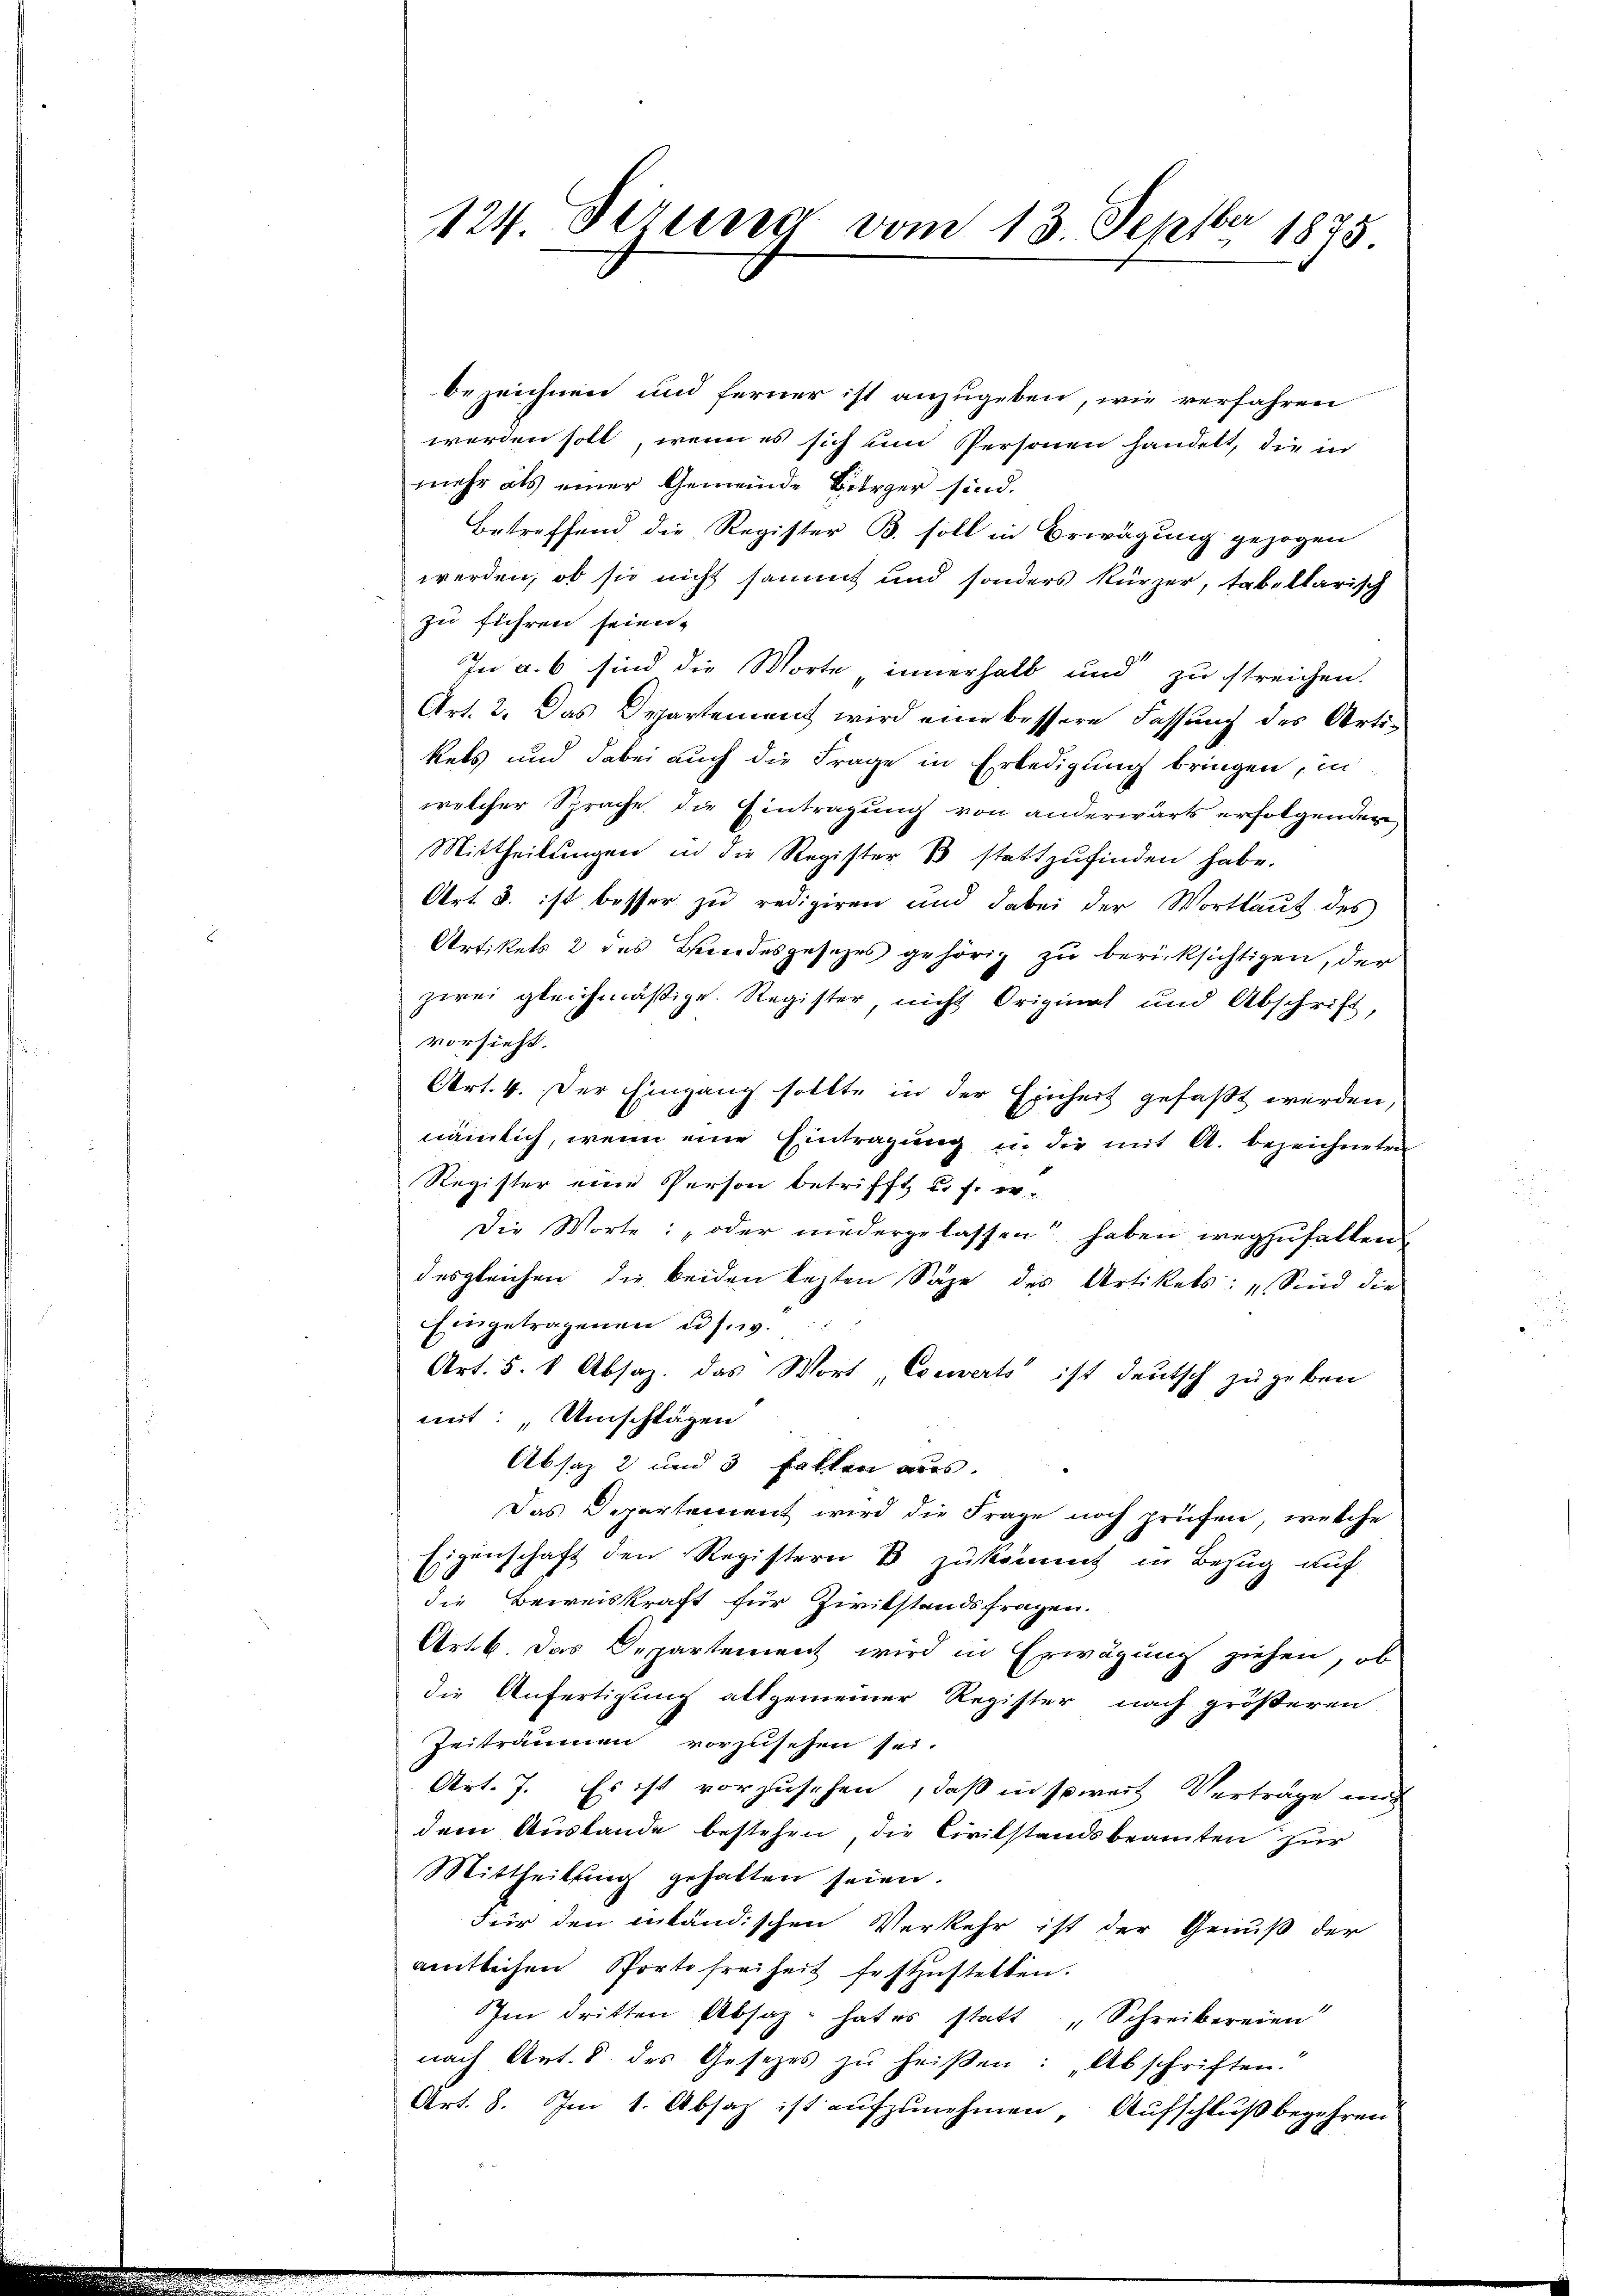
bezeichnen und ferner ist anzugeben, wie verfahren
werden soll, wenn es sich um Personen handelt, die in
mehr als einer Gemeinde Bürger sind.
Betreffend die Register B. soll in Erwägung gezogen
werden, ob sie nicht sammt und sonders kürzer, tabellarisch
zu führen seien.
In a. 6 sind die Worte „innerhalb und zu streichen.
Art. 2. Das Departement wird eine bessere Fassung des Artikels und dabei auch die Frage in Erledigung bringen, in
welcher Sprache die Eintragung von anderwärts erfolgenden
Mittheilungen in die Register 1 stattzufinden habe.
Art. 3. ist besser zu redigiren und dabei der Wortlaut des
Artikels 2 des Bundesgesezes gehörig zu berücksichtigen, der
zwei gleichmäßige Register, nicht Original und Abschrift
vorsieht.
Art. 4. Der Eingang sollte in der Einheit gefaßt werden,
nämlich, wenn eine Eintragung u. die mit A. bezeichneten
Register eine Person betrifft, u. f. v.
Die Worte: „oder niedergelassen haben wegzufallen
desgleichen, die beiden lezten Säge des Artikets: „Sind die
Eingetragenen u. s. w.
Art. 5. 1 Absaz, das Wort Couverts ist deutsch zugeben
mit Umschlägen
Absaz 2 und 3 fakten aus.
Das Departement wird die Frage noch prüfen, welche
Eigenschaft den Registern & zukommt in Bezug auf
die Beweiskraft für Zwitstandsfragen.
Art. 6. Das Departement wird in Erwägung ziehen, ob
die Anfertigung allgemeiner Register nach größeren
Zeiträumen vorzusehen sei.
Art. 7. Es ist vorzusehen, daß in soweit Verträge mich
dem Auslande bestehen, die Civilstandsbeamten zur
Mittheilŭng gehalten seien.
Für den inländischen Verkehr ist der Genuß der
amtlichen Sporte freiheit festzustellen.
m dritten Absatz hat es statt „Schreibereien
nach Art. 8 des Gesetzes zŭ heißen: „Abschriften.
Art. 8. Im 1. Absaz ist aufzunehmen. Aufschluß begehren

124 derung vom 13. Septbr 1875